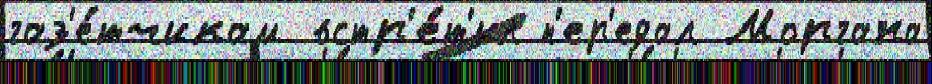
газ'е́тчикам встр'е́т'ил п'ер'едал Моргана